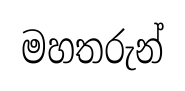
මහතරුන්